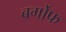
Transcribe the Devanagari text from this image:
बर्गोफ